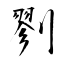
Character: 剹